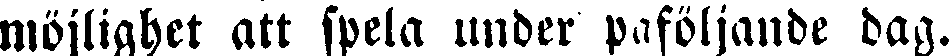
möjlighet att spela under påföljande dag.